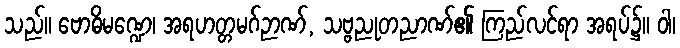
သည်။ ဗောဓိမဏ္ဍေ၊ အရဟတ္တမဂ်ဉာဏ်, သဗ္ဗညုတညာဏ်၏ ကြည်လင်ရာ အရပ်၌။ ဝါ၊